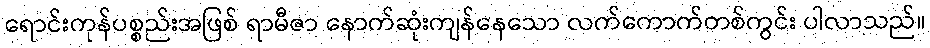
ရောင်းကုန်ပစ္စည်းအဖြစ် ရာမီဇာ နောက်ဆုံးကျန်နေသော လက်ကောက်တစ်ကွင်း ပါလာသည်။